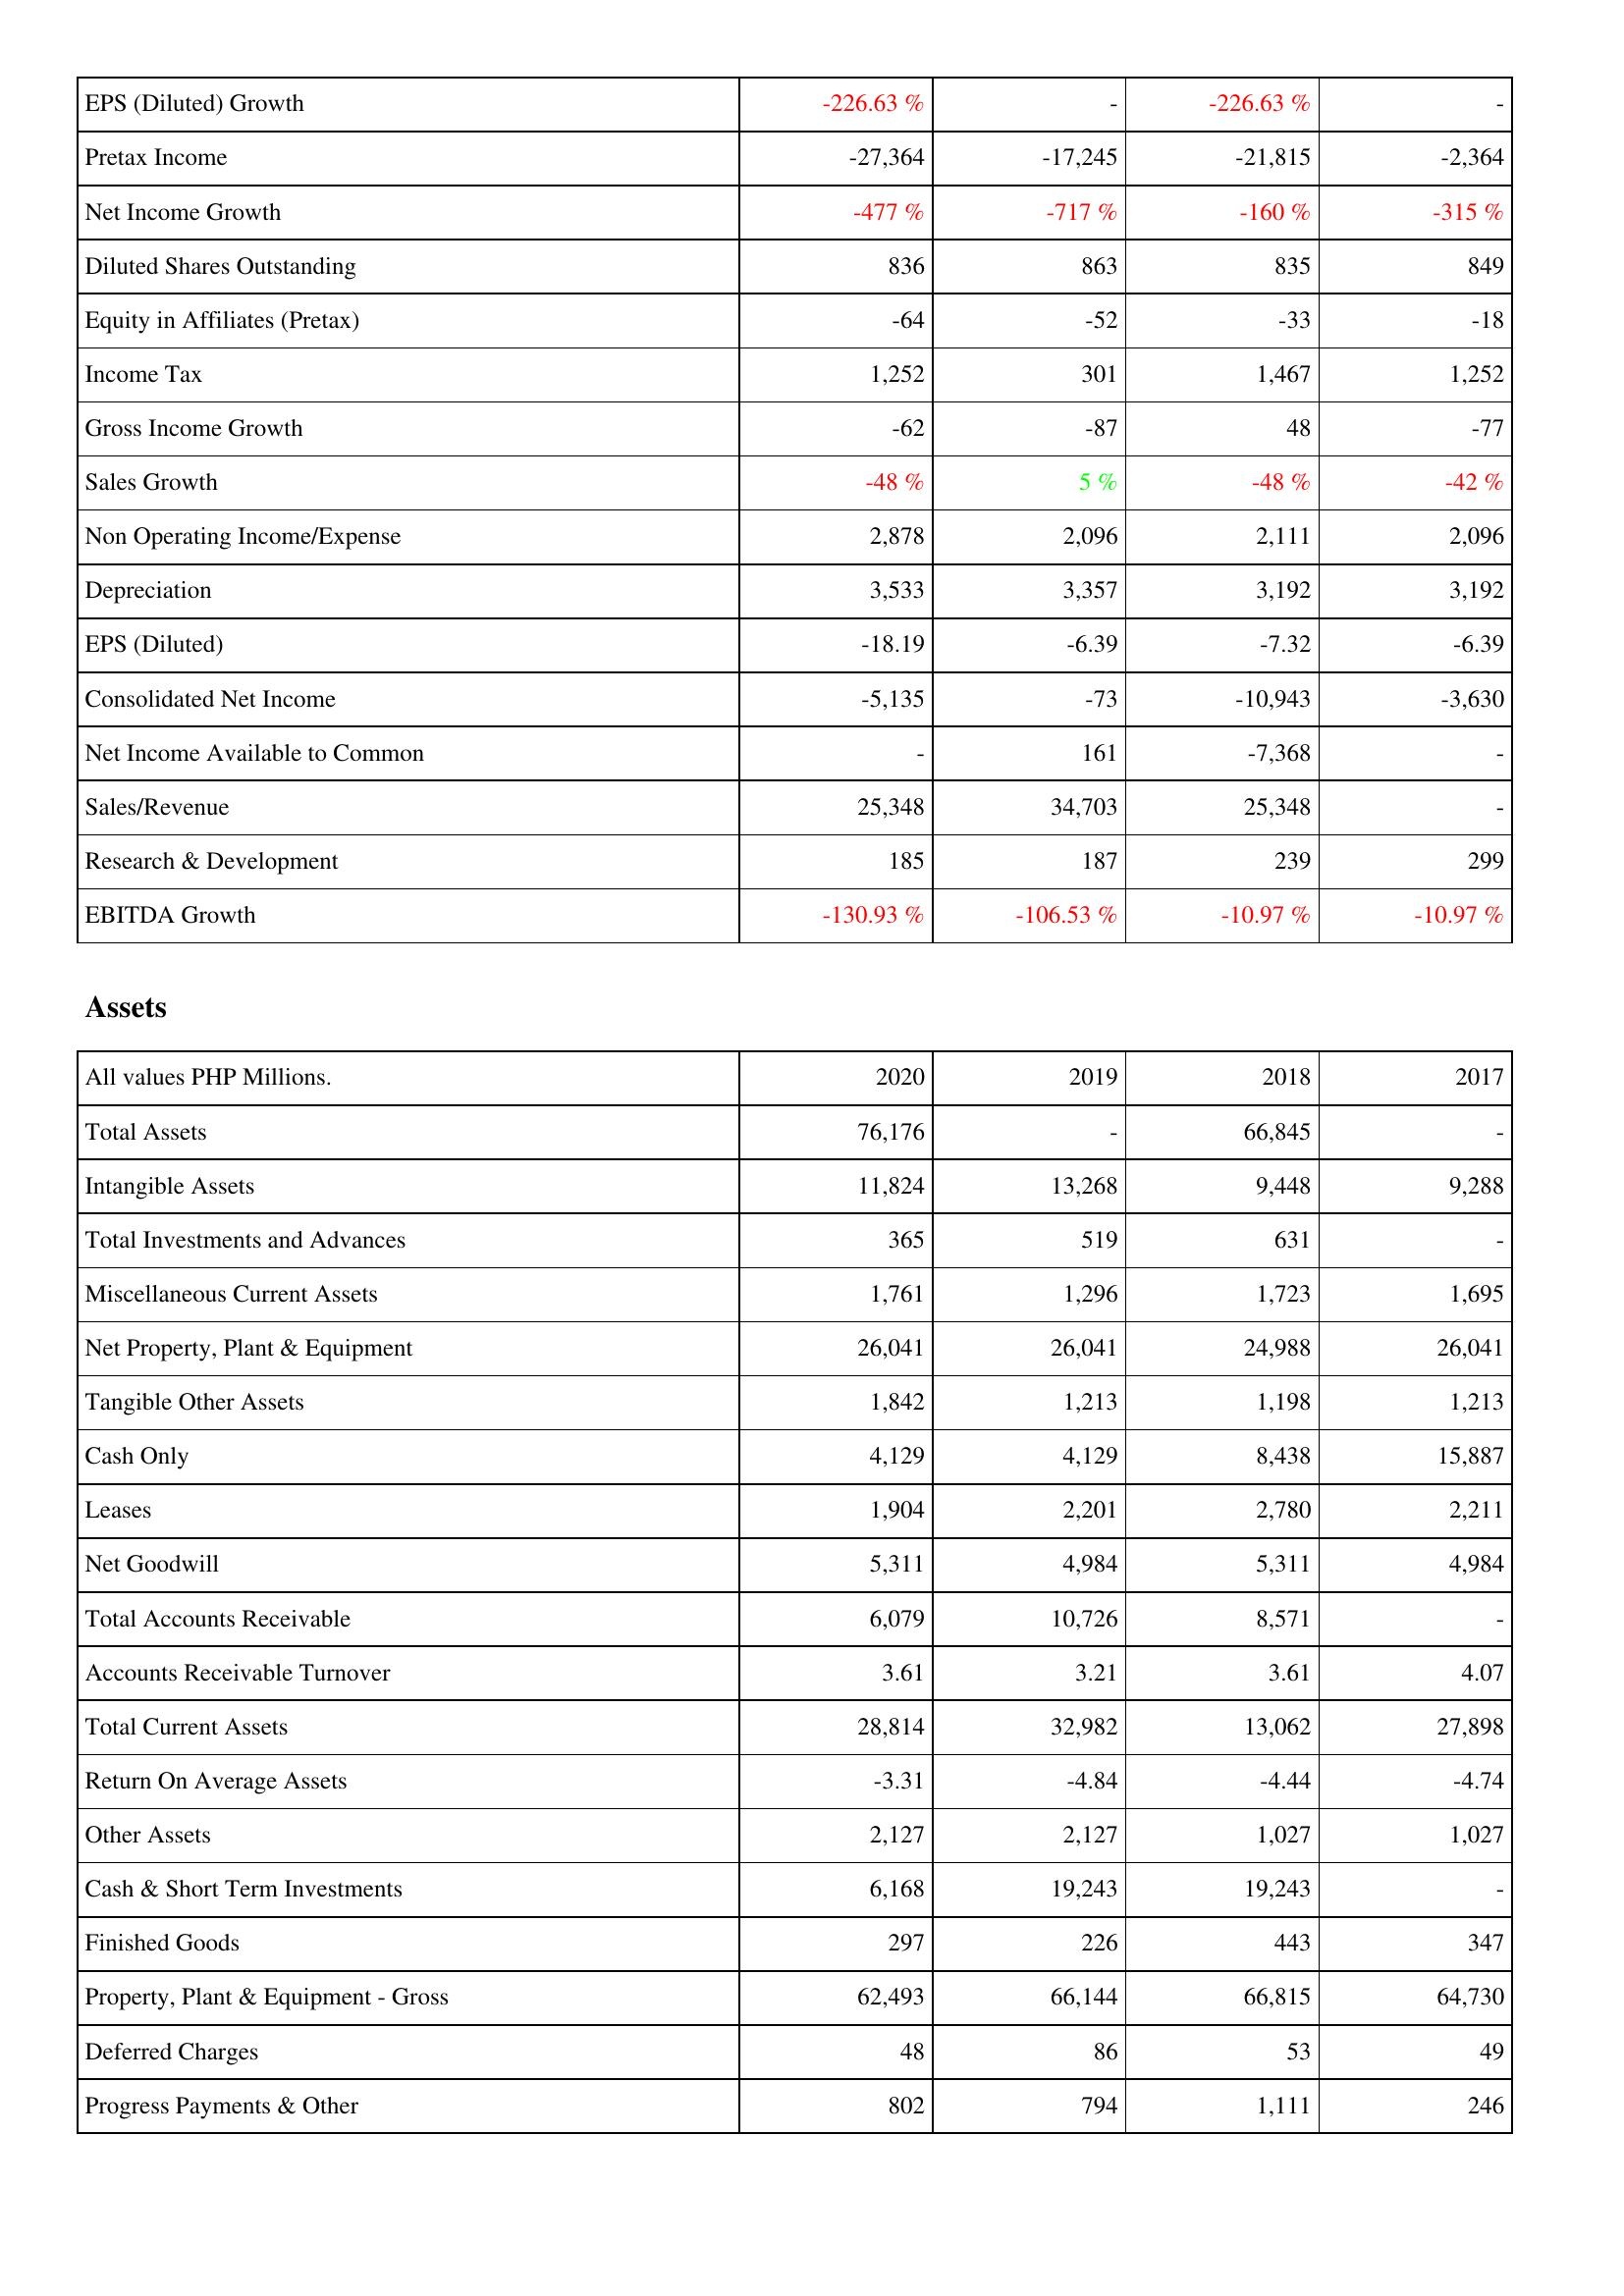
2020: Income Statement: EPS (Diluted) Growth: -226.63 %
Pretax Income: -27,364
Net Income Growth: -477 %
Diluted Shares Outstanding: 836
Equity in Affiliates (Pretax): -64
Income Tax: 1,252
Gross Income Growth: -62
Sales Growth: -48 %
Non Operating Income/Expense: 2,878
Depreciation: 3,533
EPS (Diluted): -18.19
Consolidated Net Income: -5,135
Net Income Available to Common: -
Sales/Revenue: 25,348
Research & Development: 185
EBITDA Growth: -130.93 %
Assets: Total Assets: 76,176
Intangible Assets: 11,824
Total Investments and Advances: 365
Miscellaneous Current Assets: 1,761
Net Property, Plant & Equipment: 26,041
Tangible Other Assets: 1,842
Cash Only: 4,129
Leases: 1,904
Net Goodwill: 5,311
Total Accounts Receivable: 6,079
Accounts Receivable Turnover: 3.61
Total Current Assets: 28,814
Return On Average Assets: -3.31
Other Assets: 2,127
Cash & Short Term Investments: 6,168
Finished Goods: 297
Property, Plant & Equipment - Gross: 62,493
Deferred Charges: 48
Progress Payments & Other: 802
2019: Income Statement: EPS (Diluted) Growth: -
Pretax Income: -17,245
Net Income Growth: -717 %
Diluted Shares Outstanding: 863
Equity in Affiliates (Pretax): -52
Income Tax: 301
Gross Income Growth: -87
Sales Growth: 5 %
Non Operating Income/Expense: 2,096
Depreciation: 3,357
EPS (Diluted): -6.39
Consolidated Net Income: -73
Net Income Available to Common: 161
Sales/Revenue: 34,703
Research & Development: 187
EBITDA Growth: -106.53 %
Assets: Total Assets: -
Intangible Assets: 13,268
Total Investments and Advances: 519
Miscellaneous Current Assets: 1,296
Net Property, Plant & Equipment: 26,041
Tangible Other Assets: 1,213
Cash Only: 4,129
Leases: 2,201
Net Goodwill: 4,984
Total Accounts Receivable: 10,726
Accounts Receivable Turnover: 3.21
Total Current Assets: 32,982
Return On Average Assets: -4.84
Other Assets: 2,127
Cash & Short Term Investments: 19,243
Finished Goods: 226
Property, Plant & Equipment - Gross: 66,144
Deferred Charges: 86
Progress Payments & Other: 794
2018: Income Statement: EPS (Diluted) Growth: -226.63 %
Pretax Income: -21,815
Net Income Growth: -160 %
Diluted Shares Outstanding: 835
Equity in Affiliates (Pretax): -33
Income Tax: 1,467
Gross Income Growth: 48
Sales Growth: -48 %
Non Operating Income/Expense: 2,111
Depreciation: 3,192
EPS (Diluted): -7.32
Consolidated Net Income: -10,943
Net Income Available to Common: -7,368
Sales/Revenue: 25,348
Research & Development: 239
EBITDA Growth: -10.97 %
Assets: Total Assets: 66,845
Intangible Assets: 9,448
Total Investments and Advances: 631
Miscellaneous Current Assets: 1,723
Net Property, Plant & Equipment: 24,988
Tangible Other Assets: 1,198
Cash Only: 8,438
Leases: 2,780
Net Goodwill: 5,311
Total Accounts Receivable: 8,571
Accounts Receivable Turnover: 3.61
Total Current Assets: 13,062
Return On Average Assets: -4.44
Other Assets: 1,027
Cash & Short Term Investments: 19,243
Finished Goods: 443
Property, Plant & Equipment - Gross: 66,815
Deferred Charges: 53
Progress Payments & Other: 1,111
2017: Income Statement: EPS (Diluted) Growth: -
Pretax Income: -2,364
Net Income Growth: -315 %
Diluted Shares Outstanding: 849
Equity in Affiliates (Pretax): -18
Income Tax: 1,252
Gross Income Growth: -77
Sales Growth: -42 %
Non Operating Income/Expense: 2,096
Depreciation: 3,192
EPS (Diluted): -6.39
Consolidated Net Income: -3,630
Net Income Available to Common: -
Sales/Revenue: -
Research & Development: 299
EBITDA Growth: -10.97 %
Assets: Total Assets: -
Intangible Assets: 9,288
Total Investments and Advances: -
Miscellaneous Current Assets: 1,695
Net Property, Plant & Equipment: 26,041
Tangible Other Assets: 1,213
Cash Only: 15,887
Leases: 2,211
Net Goodwill: 4,984
Total Accounts Receivable: -
Accounts Receivable Turnover: 4.07
Total Current Assets: 27,898
Return On Average Assets: -4.74
Other Assets: 1,027
Cash & Short Term Investments: -
Finished Goods: 347
Property, Plant & Equipment - Gross: 64,730
Deferred Charges: 49
Progress Payments & Other: 246